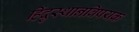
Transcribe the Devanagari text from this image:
हिंदुस्थानविषयक